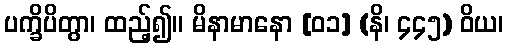
ပက္ခိပိတွာ၊ ထည့်၍။ မိနာမာနော [၀၁] (နိ၊ ၄၄၅) ဝိယ၊